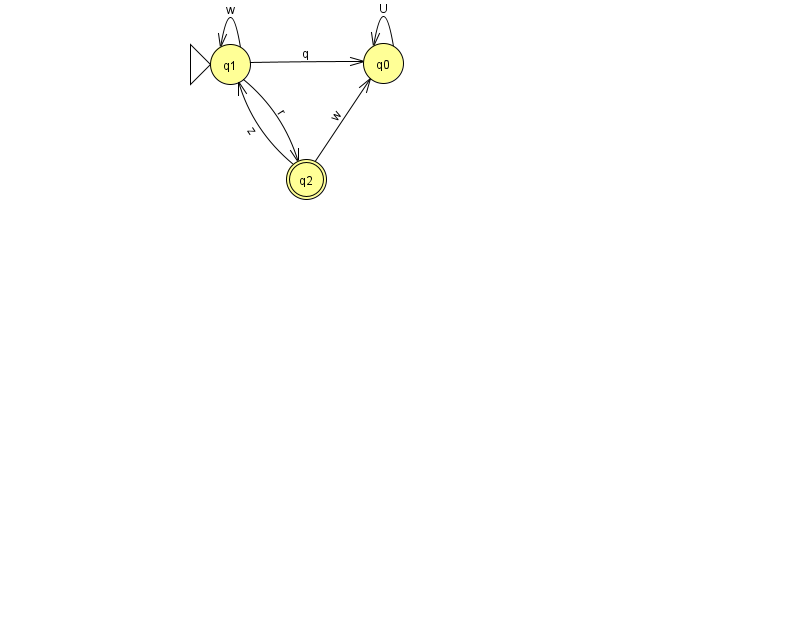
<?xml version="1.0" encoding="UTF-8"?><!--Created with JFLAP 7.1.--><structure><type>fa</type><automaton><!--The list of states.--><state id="0" name="q0"><x>383.0</x><y>50.0</y></state><state id="1" name="q1"><x>230.0</x><y>51.0</y><initial/></state><state id="2" name="q2"><x>306.0</x><y>166.0</y><final/></state><!--The list of transitions.--><transition><from>1</from><to>0</to><read>q</read></transition><transition><from>1</from><to>2</to><read>r</read></transition><transition><from>2</from><to>0</to><read>w</read></transition><transition><from>0</from><to>0</to><read>U</read></transition><transition><from>1</from><to>1</to><read>w</read></transition><transition><from>2</from><to>1</to><read>z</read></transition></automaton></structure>